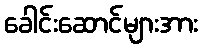
ခေါင်းဆောင်များအား